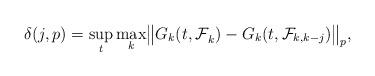
LaTeX: \begin{align*} \delta(j, p) = \sup_{t}\max_k \bigl\|G_k({t,\cal F}_k) -G_k(t,{\cal F}_{k, k-j})\bigr \|_p,\end{align*}